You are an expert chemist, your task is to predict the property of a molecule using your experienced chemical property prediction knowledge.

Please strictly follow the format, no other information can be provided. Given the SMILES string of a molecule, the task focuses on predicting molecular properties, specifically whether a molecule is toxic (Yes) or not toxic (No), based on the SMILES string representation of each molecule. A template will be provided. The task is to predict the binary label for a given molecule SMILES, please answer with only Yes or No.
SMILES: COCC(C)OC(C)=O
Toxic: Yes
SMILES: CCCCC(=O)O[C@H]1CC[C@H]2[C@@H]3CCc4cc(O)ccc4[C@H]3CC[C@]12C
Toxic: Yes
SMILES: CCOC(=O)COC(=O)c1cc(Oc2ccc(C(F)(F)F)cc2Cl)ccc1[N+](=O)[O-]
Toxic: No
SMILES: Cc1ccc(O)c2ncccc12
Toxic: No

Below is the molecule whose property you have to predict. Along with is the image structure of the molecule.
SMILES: Nc1c2c(nc3c1CCC3)CCCC2
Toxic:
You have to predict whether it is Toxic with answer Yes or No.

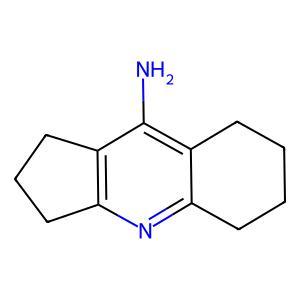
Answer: No